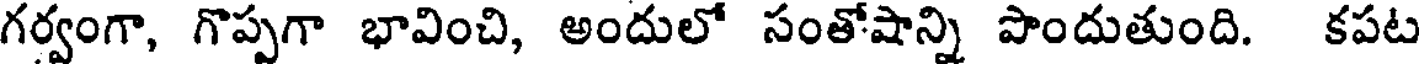
గర్వంగా, గొప్పగా భావించి, అందులో సంతోషాన్ని పొందుతుంది. కపట